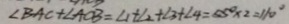
\angle B A C + \angle A C B = \angle 1 + \angle 2 + \angle 3 + \angle 4 = 5 5 ^ { \circ } \times 2 = 1 1 0 ^ { \circ }